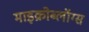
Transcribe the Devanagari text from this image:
माइक्रोब्लॉग्स